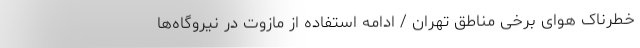
خطرناک هوای برخی مناطق تهران / ادامه استفاده از مازوت در نیروگاه‌ها